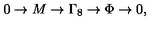
0 \to M \to \Gamma _ { 8 } \to \Phi \to 0 ,